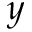
y